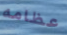
عظامه